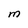
Character: M